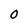
Character: O